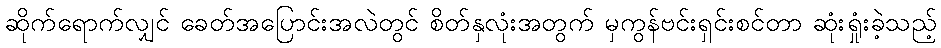
ဆိုက်ရောက်လျှင် ခေတ်အပြောင်းအလဲတွင် စိတ်နှလုံးအတွက် မှကွန်ဗင်းရှင်းစင်တာ ဆုံးရှုံးခဲ့သည့်